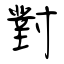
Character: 對